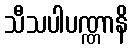
သီသပါပဏ္ဏာနိ